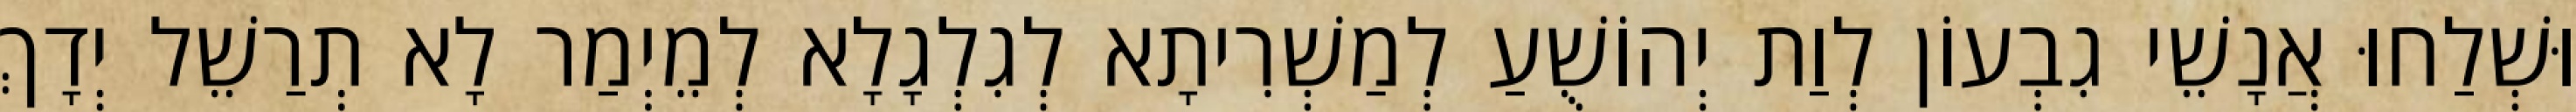
וּשְׁלַחוּ אֲנָשֵׁי גִבְעוֹן לְוַת יְהוֹשֻׁעַ לְמַשְׁרִיתָא לְגִלְגָלָא לְמֵיְמַר לָא תְרַשֵׁל יְדָךְ